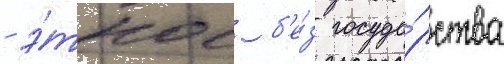
- э́тнос б'е́з госуда́рства